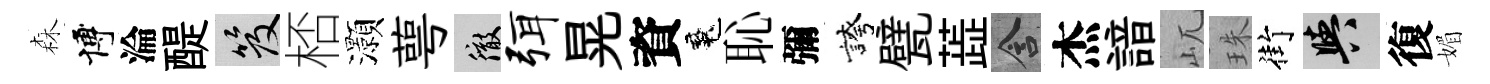
森博淪醍笈桮灝萼徹弭晃資魂恥彌誇甓蕋含杰諳屼珠街阳復媚